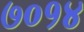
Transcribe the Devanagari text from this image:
७०१४